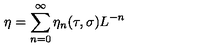
\eta = \sum _ { n = 0 } ^ { \infty } \eta _ { n } ( \tau , \sigma ) L ^ { - n }